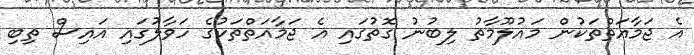
އެ ޖަމާއަތްތަކުން މައުލޫމާތު ލިބުނު ގޮތުގައި އެ ޖަމާއަތްތަކުގެ ހަވާލުގައި އައިސް ތިބި